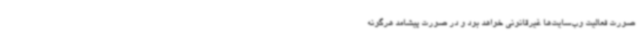
صورت فعالیت وب‌سایت‌ها غیرقانونی خواهد بود و در صورت پیشامد هرگونه